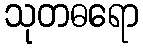
သုတဓရော